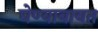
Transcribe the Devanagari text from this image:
घेण्याबाबत